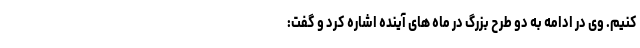
کنیم. وی در ادامه به دو طرح بزرگ در ماه های آینده اشاره کرد و گفت: